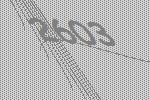
2603